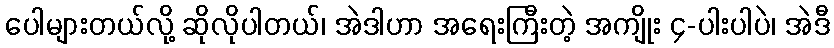
ပေါများတယ်လို့ ဆိုလိုပါတယ်၊ အဲဒါဟာ အရေးကြီးတဲ့ အကျိုး ၄-ပါးပါပဲ၊ အဲဒီ